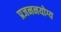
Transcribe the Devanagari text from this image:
प्रजननयोग्य